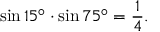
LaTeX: \sin 1 5 ^ { \circ } \cdot \sin 7 5 ^ { \circ } = { \frac { 1 } { 4 } } .